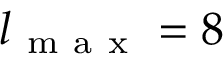
l _ { \mathrm { ~ m ~ a ~ x ~ } } = 8